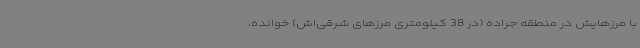
با مرزهایش در منطقه جراده (در 38 کیلومتری مرزهای شرقی‌اش) خوانده،